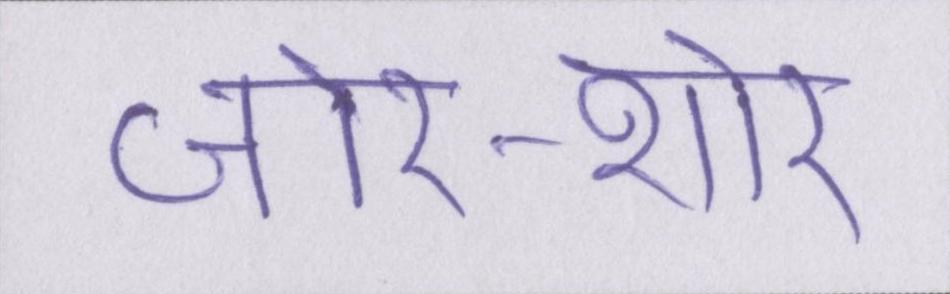
जोर-शोर